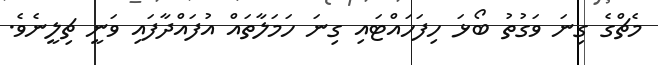
މެޗްގެ ގިނަ ވަގުތު ބޯޅަ ހިފަހައްޓައި ގިނަ ހަމަލާތައް އުފައްދާފައި ވަނީ ޗިލީނެވެ.